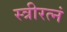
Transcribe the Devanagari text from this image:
स्त्रीरत्नं